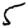
Digit: 5